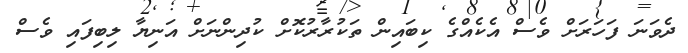
ދެވަނަ ފަހަރަށް ވެސް އެކެއްގެ ކިބައިން ތަކުރާރުކޮށް ކުދިންނަށް އަނިޔާ ލިބިފައި ވެސް